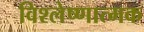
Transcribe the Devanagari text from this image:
विश्लेष्णात्मक